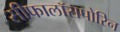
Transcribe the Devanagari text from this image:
सीफालॉसपोरिन